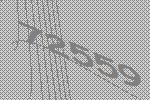
72559